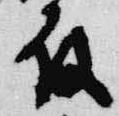
殿